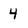
Character: 4